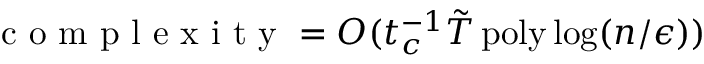
\mathrm { ~ c ~ o ~ m ~ p ~ l ~ e ~ x ~ i ~ t ~ y ~ } = O ( t _ { c } ^ { - 1 } \tilde { T } \ensuremath { \operatorname { p o l y } } \log ( n / \epsilon ) )